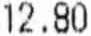
12.80